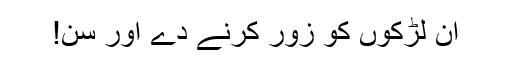
ان لڑکوں کو زور کرنے دے اور سن!